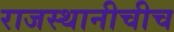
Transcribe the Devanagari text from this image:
राजस्थानीचीच